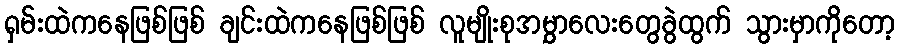
ရှမ်းထဲကနေဖြစ်ဖြစ် ချင်းထဲကနေဖြစ်ဖြစ် လူမျိုးစုအမွှာလေးတွေခွဲထွက် သွားမှာကိုတော့